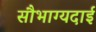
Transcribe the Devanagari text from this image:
सौभाग्यदाई